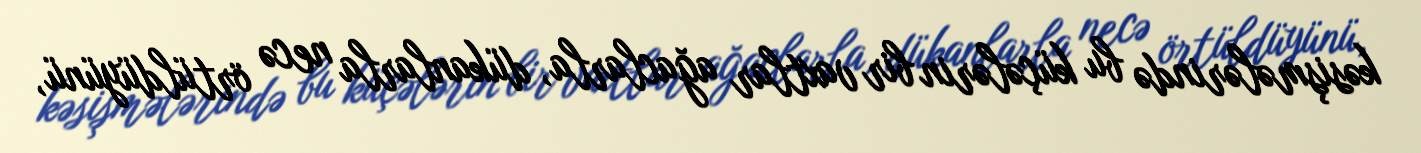
kəsişmələrində bu küçələrin bir vaxtlar ağaclarla, dükanlarla necə örtüldüyünü,